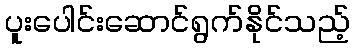
ပူးပေါင်းဆောင်ရွက်နိုင်သည့်